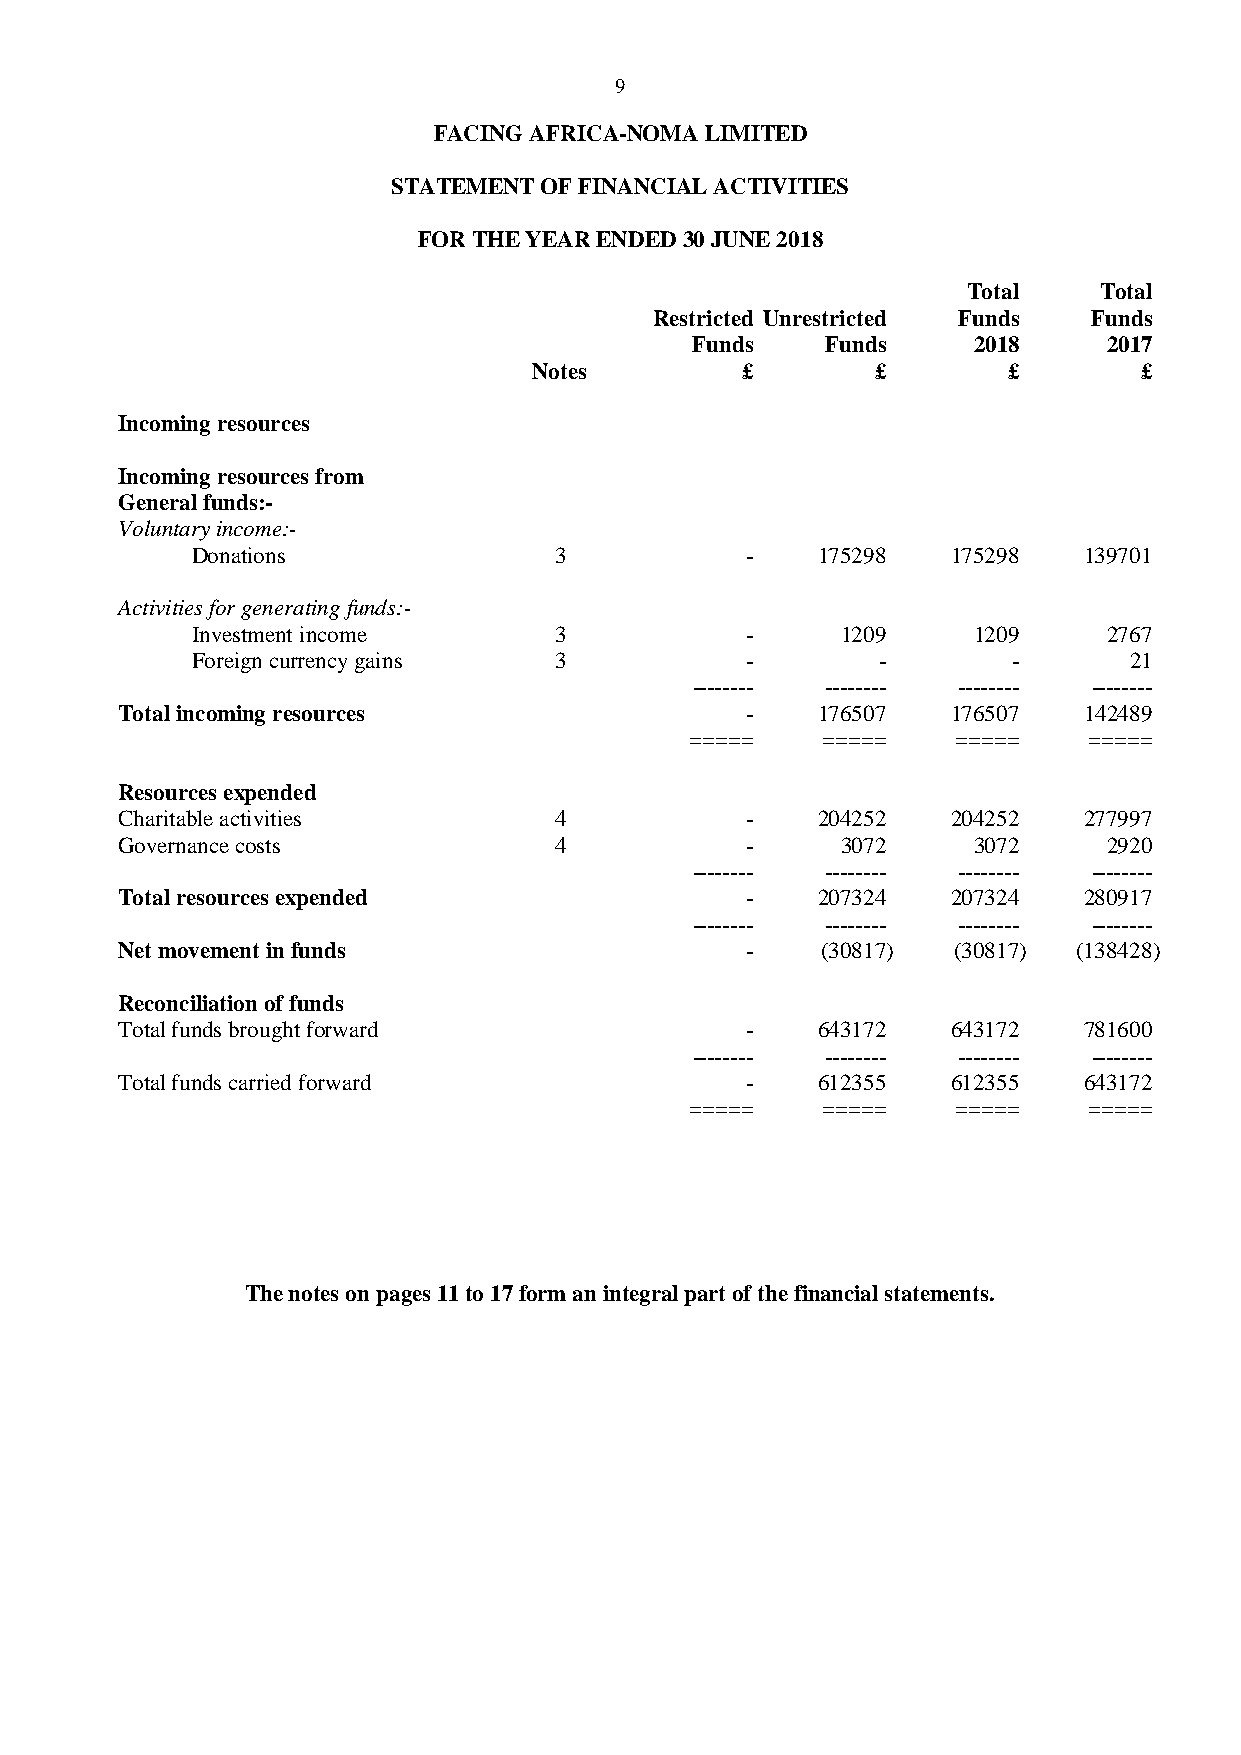
9
 FACING AFRICA-NOMA LIMITED
 STATEMENT OF FINANCIAL ACTIVITIES
 FOR THE YEAR ENDED 30 JUNE 2018
 Total    Total
 Restricted Unrestricted Funds Funds
 Funds    Funds    2018     2017
 Notes         £        £        £        £
 Incoming resources
 Incoming resources from
 General funds:-
 Voluntary income:-
 Donations               3           -    175298   175298   139701
 Activities for generating funds:-
 Investment income       3           -      1209    1209     2767
 Foreign currency gains  3           -        -        -       21
 -------- -------- -------- --------
 Total incoming resources                 -    176507   176507   142489
 =====   =====    =====    =====
 Resources expended
 Charitable activities        4           -    204252   204252   277997
 Governance costs             4           -      3072    3072     2920
 -------- -------- -------- --------
 Total resources expended                 -    207324   207324   280917
 -------- -------- -------- --------
 Net movement in funds                    -    (30817)  (30817) (138428)
 Reconciliation of funds
 Total funds brought forward              -    643172   643172   781600
 -------- -------- -------- --------
 Total funds carried forward              -    612355   612355   643172
 =====   =====    =====    =====
 The notes on pages 11 to 17 form an integral part of the financial statements.